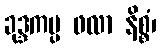
ခုဒ္ဒကပ္ပ ဖလာ နိစ္စံ၊